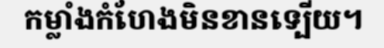
កម្លាំងកំហែងមិនខានទ្បើយ។